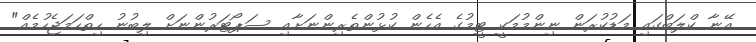
އޭނާ ކްލަބްގައި މަޑުކުރަން ނިންމުމަކީ ޓީމުގެ އެހެން ކުޅުންތެރިންނަށާއި ސަޕޯޓަރުންނަށް ލިބުނު ހިތްހަމަޖެހުމެއް"